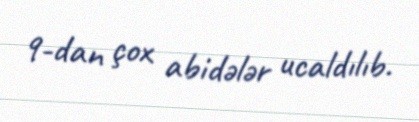
9-dan çox abidələr ucaldılıb.